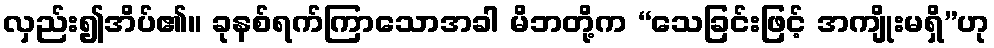
လှည်း၍အိပ်၏။ ခုနစ်ရက်ကြာသောအခါ မိဘတို့က “သေခြင်းဖြင့် အကျိုးမရှိ”ဟု